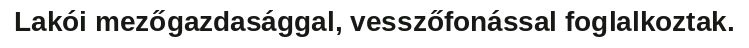
Lakói mezőgazdasággal, vesszőfonással foglalkoztak.